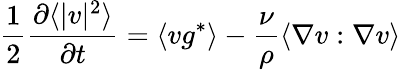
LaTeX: \frac{1}{2}\frac{\partial\langle|v|^{2}\rangle}{\partial t}=\langle vg^{*}\rangle-\frac{\nu}{\rho}\langle\nabla v:\nabla v\rangle